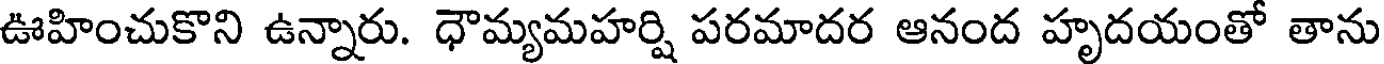
ఊహించుకొని ఉన్నారు. ధౌమ్యమహర్షి పరమాదర ఆనంద హృదయంతో తాను